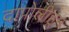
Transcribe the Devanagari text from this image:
दापोलीहून